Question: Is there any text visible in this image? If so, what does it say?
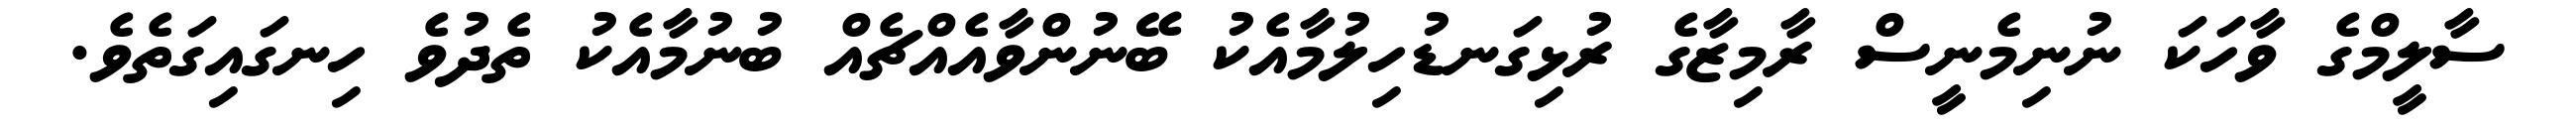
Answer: ސާލީމްގެ ވާހަކަ ނުނިމެނީސް ރާމިޒާގެ ރުޅިގަނޑުހިލުމާއެކު ބޭނުންވާއެއްޗެއް ބުނުމާއެކު ތެދުވެ ހިނގައިގަތެވެ.